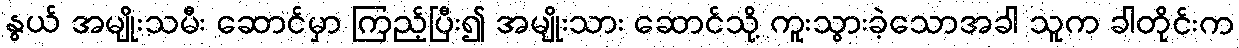
နွယ် အမျိုးသမီး ဆောင်မှာ ကြည့်ပြီး၍ အမျိုးသား ဆောင်သို့ ကူးသွားခဲ့သောအခါ သူက ခါတိုင်းက